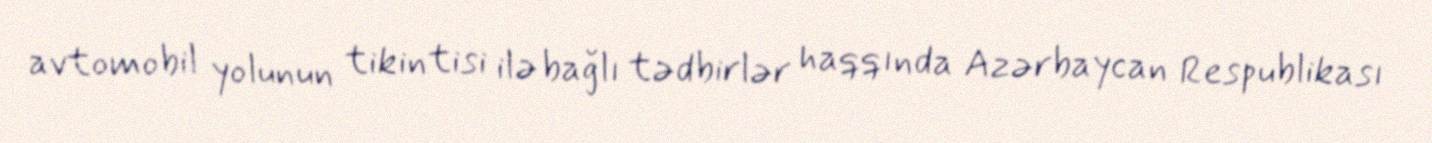
avtomobil yolunun tikintisi ilə bağlı tədbirlər haqqında Azərbaycan Respublikası